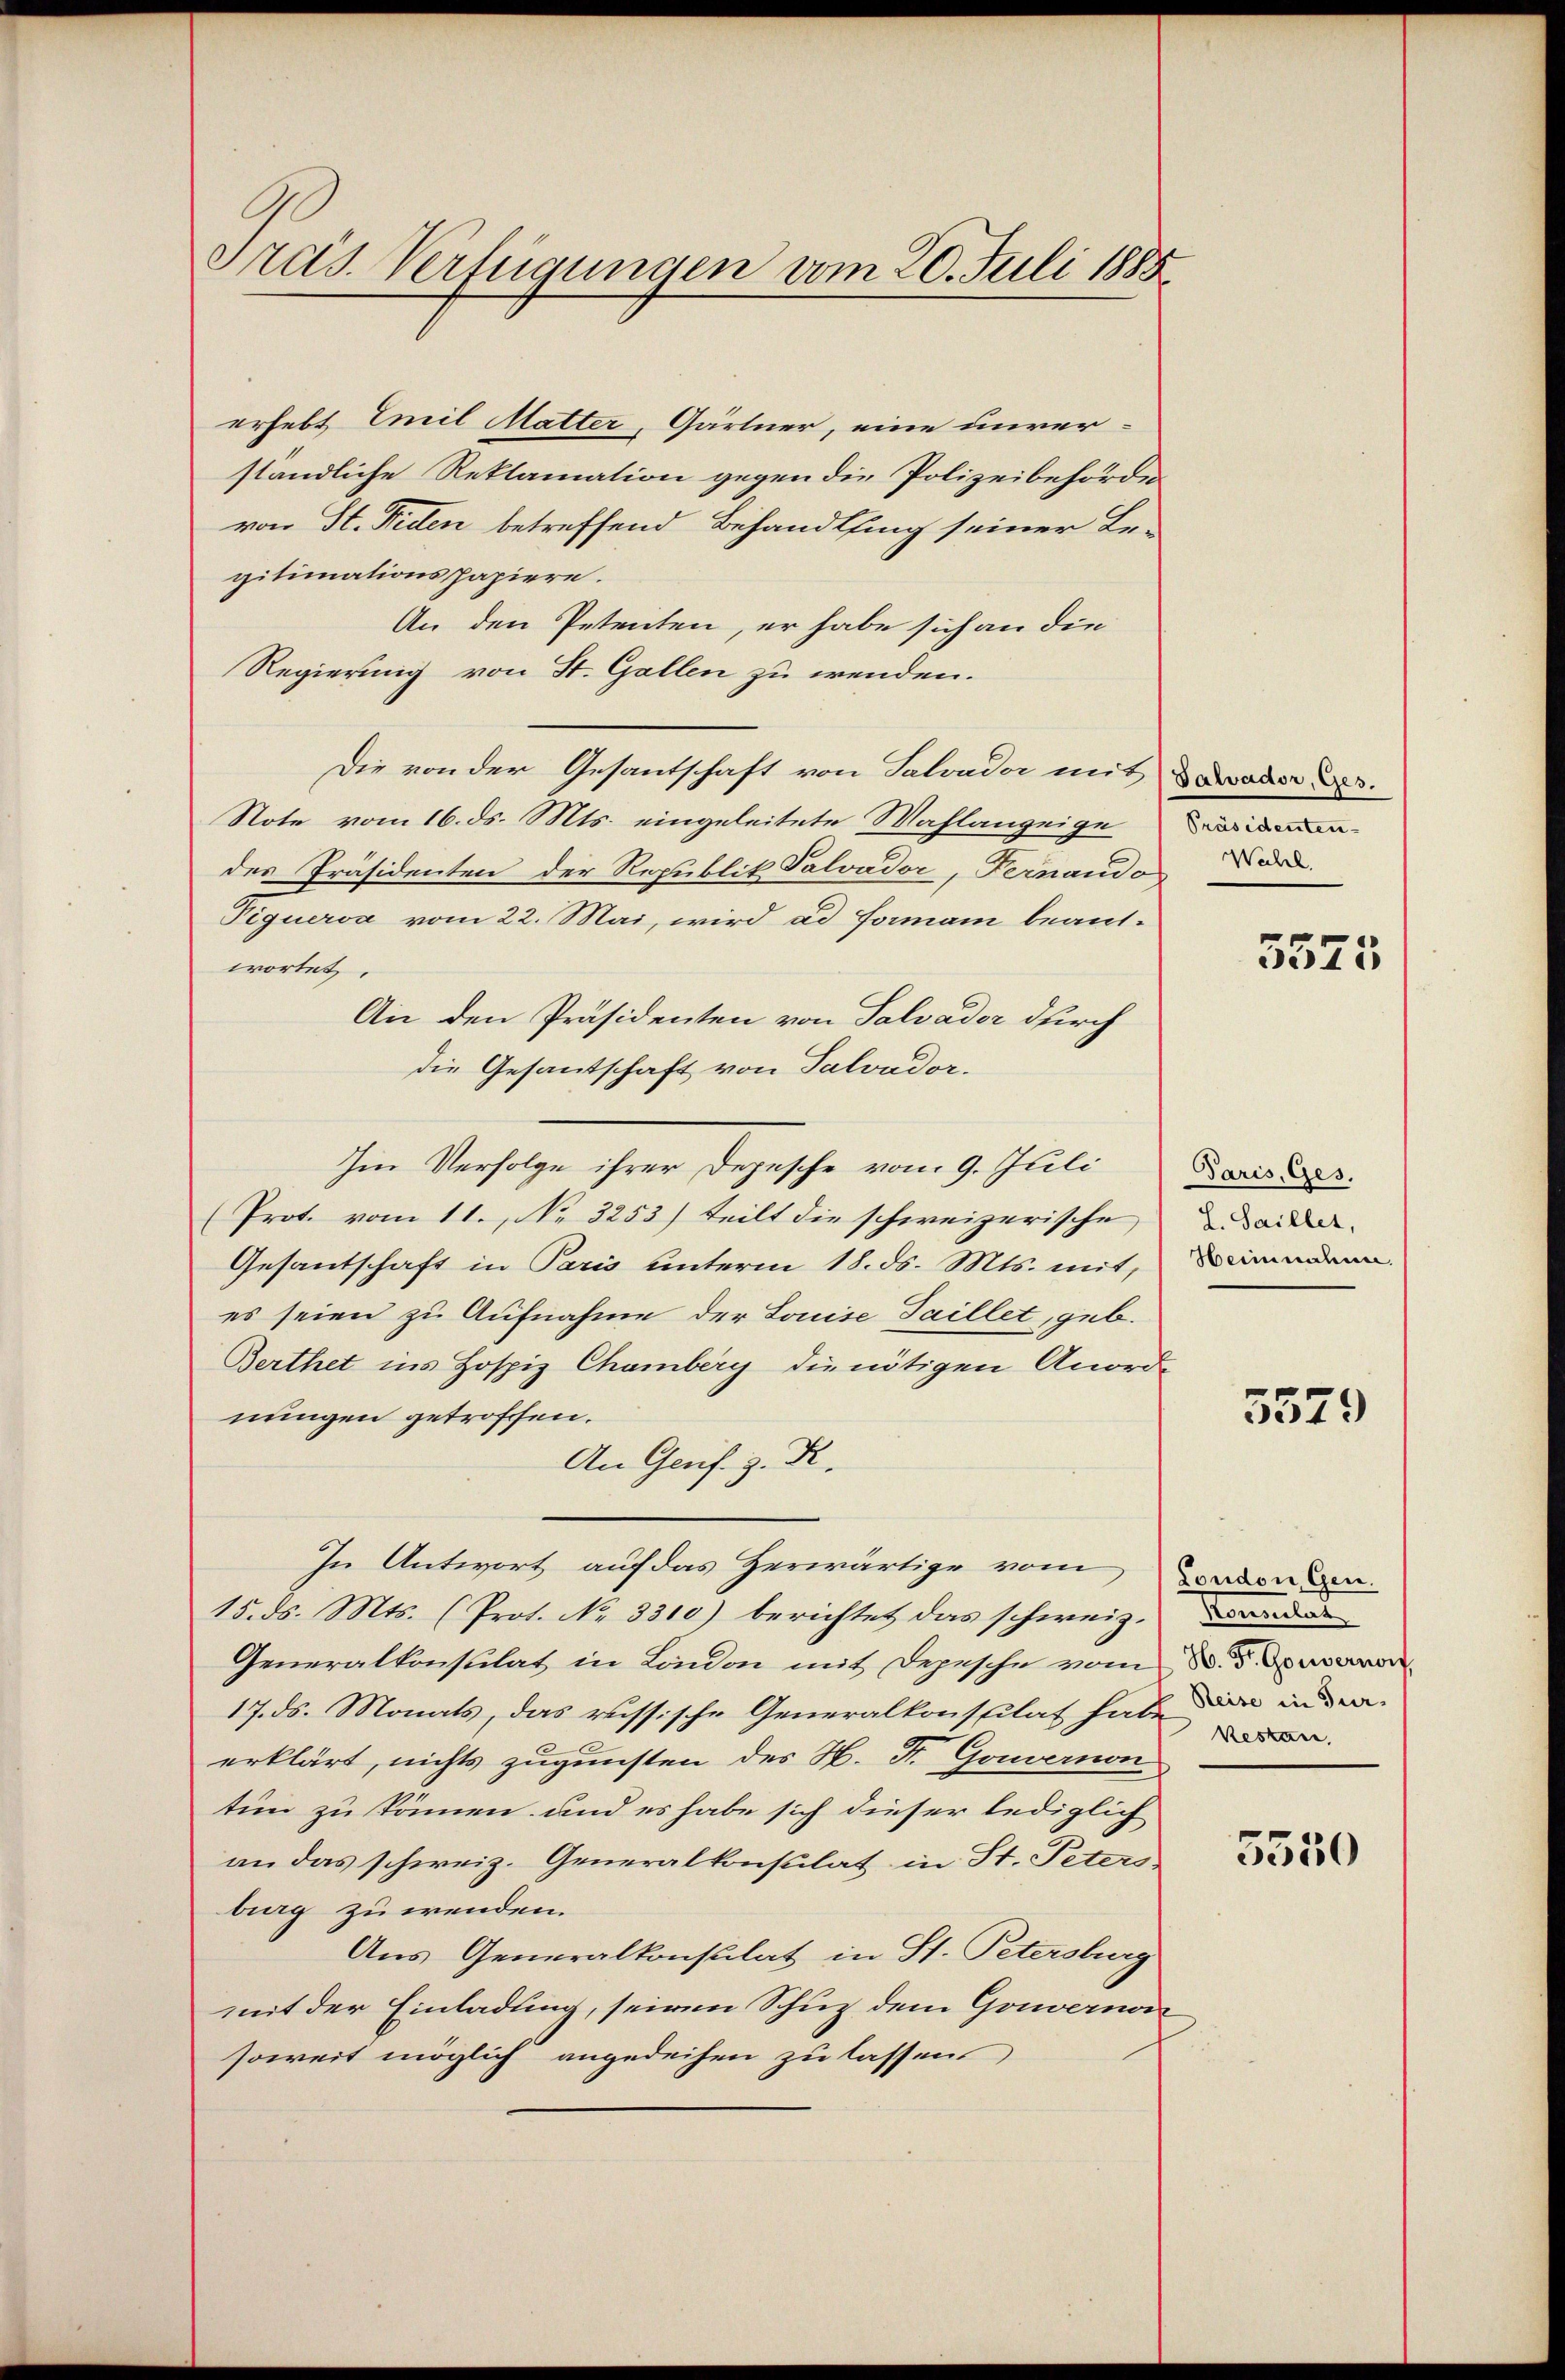
Präs. Verfügungen vom 20. Juli 1885

erhebt, Emil Matter, Gärtner, eine unver-
ständliche Reklamation gegen die Polizeibehörde
von St. Pitten betreffend Behandlung seiner Be-
gitimationspapiere.
An den Petenten, er habe sich an die
Regierung von St. Gallen zu wenden.
Die von der Gesantschaft von Salvador mit der
Note vom 16. ds. Mts. eingeleitete Mahlanzeige
des Präsidenten der Republik Talvador, Fernaudo
Piquerva vom 22. Mai, wird ad Forman beantwortet.
An den Präsidenten von Salvader durch
die Gesantschaft von Salvador.
Im Verfolge ihrer Depesche vom 9. Juli aus der
(Prot. vom 11. No. 3253) teilt die schweizerische ande
Gesantschaft in Paris unterm 18. ds. Mts. mit, dienen
es seien zu Aufnahme der Louise Saillet, geb.
Berthet ins Hospiz Chamberg die nötigen Anord-
nungen getroffen.
An Genf. z. R.
In Antwort auf das Herwärtige vom Bunden den
15. ds. Mts. (Prot. No. 3310) berichtet das schweiz.
Generalkonsulat in London mit Depesche vom 8. d. d.
17. ds. Monats, das russische Generalkonsplat habe
erklärt, nichts zugunsten des H. Dr. Gouvernon
tin zu können und es habe sich dieser lediglich
an das schweiz. Generalkonsulat in St. Peters
burg zu wenden.
Aus Generalkonsulat in St. Petersburg
mit der Einladung, seinen Schuz dem Gowernom
soweit möglich angedeihen zu lassen

Waibel.

5575

5579

Sammlun
Reise in Tur¬

5550